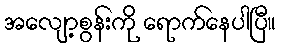
အလျော့စွန်းကို ရောက်နေပါပြီ။